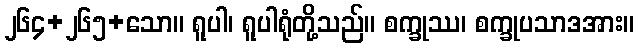
၂၆၄+၂၆၅+သော။ ရူပါ၊ ရူပါရုံတို့သည်။ စက္ခုဿ၊ စက္ခုပသာဒအား။